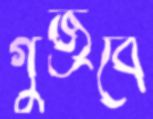
গুজ্‌রবে